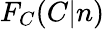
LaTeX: F_{C}(C|n)